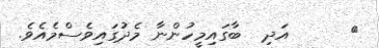
٩      އަދި  ބާގައިމީހުންނާ މެދުގައިވެސްމެއެވެ.